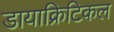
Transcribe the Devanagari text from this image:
डायाक्रिटिकल